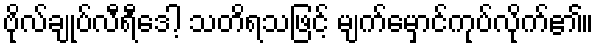
ဗိုလ်ချုပ်လီရီဒေါ့ သတိရသဖြင့် မျက်မှောင်ကုပ်လိုက်၏။